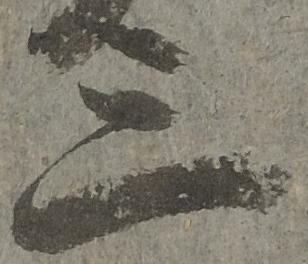
三